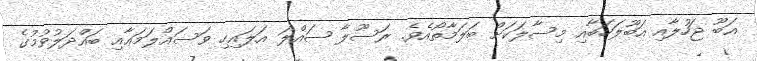
އަބޫ ޖަހުލާއި އަބޫލަހަބާއި މިސާލަކަށް ބަލަމާތޯއެވެ. ރަސޫލާ ޞައްލަ އަލައިހި ވަސައްލަމަޢާއި ބައްދަލުވުމުގެ